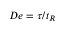
D e = \tau / t _ { R }